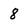
Character: 8